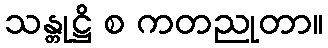
သန္တုဋ္ဌိ စ ကတညုတာ။